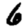
Digit: 6